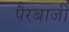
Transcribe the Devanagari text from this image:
पैरबाजी